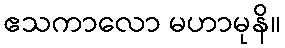
ဧသကာလော မဟာမုနိ။